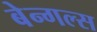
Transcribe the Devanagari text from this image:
बेन्गल्स